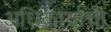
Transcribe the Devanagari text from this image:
अधिकार्याची